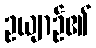
ဥယျာဉ်၏